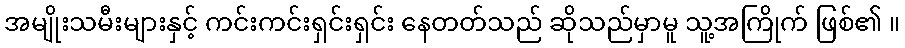
အမျိုးသမီးများနှင့် ကင်းကင်းရှင်းရှင်း နေတတ်သည် ဆိုသည်မှာမူ သူ့အကြိုက် ဖြစ်၏ ။